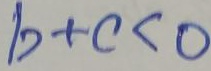
b + c < 0